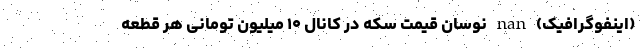
(اینفوگرافیک) nan نوسان قیمت سکه در کانال ۱۰ میلیون تومانی هر قطعه